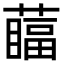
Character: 䕎